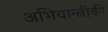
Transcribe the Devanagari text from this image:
अभियान्त्रीकी